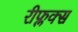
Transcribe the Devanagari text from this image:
रीफ्लक्स